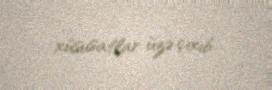
xüsusatlar üzə çıxıb.